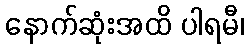
နောက်ဆုံးအထိ ပါရမီ၊